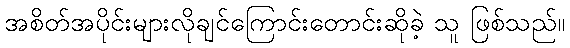
အစိတ်အပိုင်းများလိုချင်ကြောင်းတောင်းဆိုခဲ့ သူ ဖြစ်သည်။